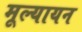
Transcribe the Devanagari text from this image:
मूल्यायन